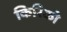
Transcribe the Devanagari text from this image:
किरिको